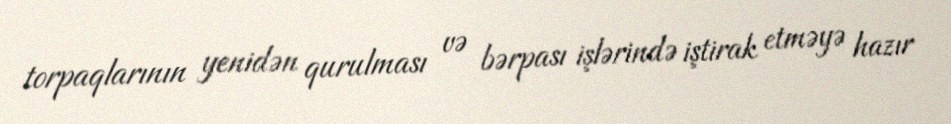
torpaqlarının yenidən qurulması və bərpası işlərində iştirak etməyə hazır